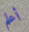
أعلم